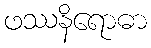
ဖဿနိရောဓာ